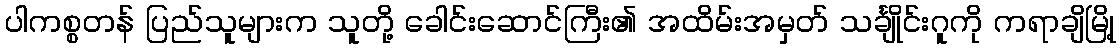
ပါကစ္စတန် ပြည်သူများက သူတို့ ခေါင်းဆောင်ကြီး၏ အထိမ်းအမှတ် သင်္ချိုင်းဂူကို ကရာချိမြို့